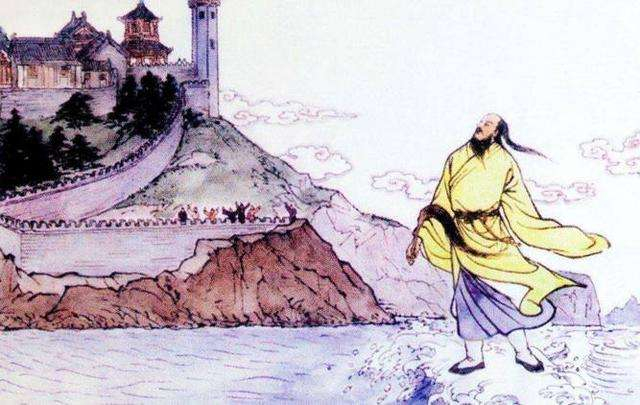
富贵不能淫，贫贱不能移，威武不能屈。